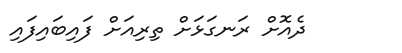
ދެއޮށް ރަނގަޅަށް ތިރިއަށް ފައިބައިފައި